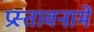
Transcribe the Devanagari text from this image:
प्रस्‍तावनामें